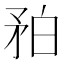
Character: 𥍡